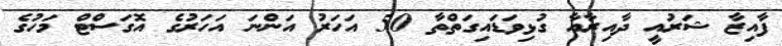
ފާއިޒާ ޝަރުއީ ދާއިރާއާ ގުޅިވަޑައިގަތްތާ 50 އަހަރު އަންނަ އަހަރުގެ އޮގަސްޓް މަހުގެ